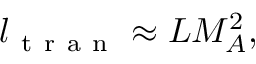
l _ { \mathrm { ~ t ~ r ~ a ~ n ~ } } \approx L M _ { A } ^ { 2 } ,